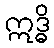
ဣဒ္ဓိ